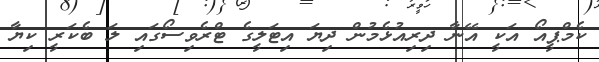
ކެމްޕީއޯ އަކީ އޭނާ ދިރިއުޅެމުން ދިޔަ އިޓަލީގެ ޓްރެވިސޯގައި ލަ ބެކަރީ ކިޔާ